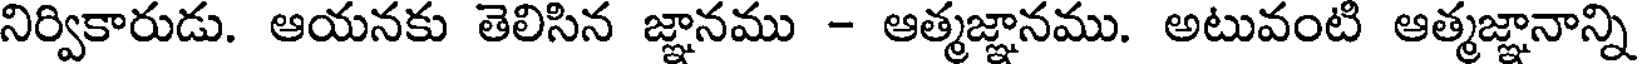
నిర్వికారుడు. ఆయనకు తెలిసిన జ్ఞానము - ఆత్మజ్ఞానము. అటువంటి ఆత్మజ్ఞానాన్ని